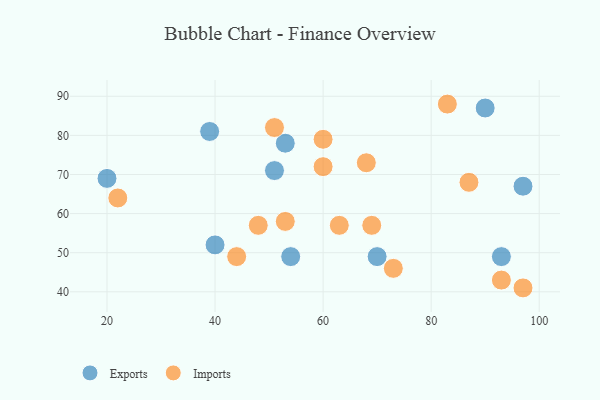
{"axis": {"x": "GDP", "y": "Life Expectancy"}, "legend": ["Exports", "Imports"], "data": [{"x": "20", "y": 69, "type": "Exports"}, {"x": "39", "y": 81, "type": "Exports"}, {"x": "93", "y": 49, "type": "Exports"}, {"x": "40", "y": 52, "type": "Exports"}, {"x": "51", "y": 71, "type": "Exports"}, {"x": "90", "y": 87, "type": "Exports"}, {"x": "54", "y": 49, "type": "Exports"}, {"x": "70", "y": 49, "type": "Exports"}, {"x": "53", "y": 78, "type": "Exports"}, {"x": "97", "y": 67, "type": "Exports"}, {"x": "83", "y": 88, "type": "Imports"}, {"x": "51", "y": 82, "type": "Imports"}, {"x": "60", "y": 79, "type": "Imports"}, {"x": "22", "y": 64, "type": "Imports"}, {"x": "93", "y": 43, "type": "Imports"}, {"x": "69", "y": 57, "type": "Imports"}, {"x": "87", "y": 68, "type": "Imports"}, {"x": "48", "y": 57, "type": "Imports"}, {"x": "60", "y": 72, "type": "Imports"}, {"x": "53", "y": 58, "type": "Imports"}, {"x": "73", "y": 46, "type": "Imports"}, {"x": "68", "y": 73, "type": "Imports"}, {"x": "63", "y": 57, "type": "Imports"}, {"x": "44", "y": 49, "type": "Imports"}, {"x": "97", "y": 41, "type": "Imports"}]}